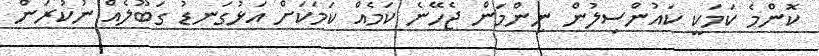
ކޮންމެ ކަމަކީ ކައުންސިލުން ނިންމަން ޖެހޭނެ ކަމެއް ކަމަކަށް އަޅުގަނޑު ގަބޫލެއް ނުކުރަން